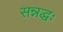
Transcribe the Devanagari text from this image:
सन्नद्धः